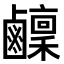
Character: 𬸴